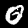
Digit: 0